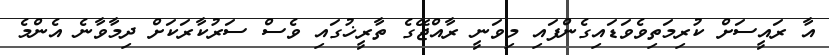
އާ ރައީސަށް ކުރިމަތިވެވަޑައިގެންފައި މިވަނީ ރާއްޖޭގެ ތާރީޚުގައި ވެސް ސަރުކާރަކަށް ދިމާވާނެ އެންމެ